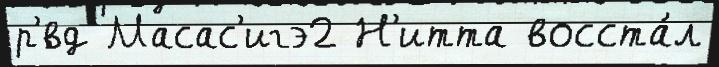
р'́вд Масас'игэ2 Н'итта восста́л